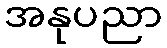
အနုပညာ